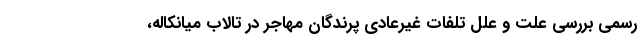
رسمی بررسی علت و علل تلفات غیرعادی پرندگان مهاجر در تالاب میانکاله،